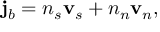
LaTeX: { \bf j } _ { b } = n _ { s } { \bf v } _ { s } + n _ { n } { \bf v } _ { n } ,